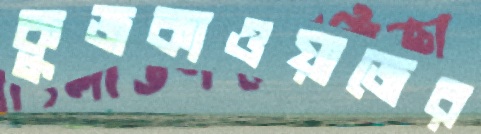
কুজকাওয়াজের